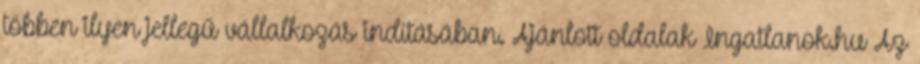
többen ilyen jellegű vállalkozás indításában. Ajánlott oldalak Ingatlanok.hu Az